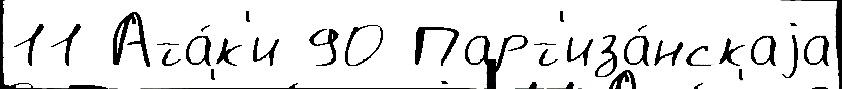
11 Ата́к'и 90 Парт'иза́нскаjа